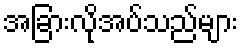
အခြားလိုအပ်သည်များ